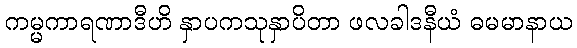
ကမ္မကာရဏာဒီဟိ နှာပကသုနှာပိတာ ဖလခါဒနီယံ ဓမမာနာယ